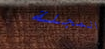
المجلة